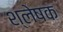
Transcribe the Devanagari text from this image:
श्लेषक